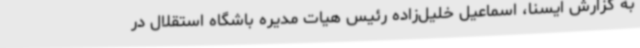
به گزارش ایسنا، اسماعیل خلیل‌زاده رئیس هیات مدیره باشگاه استقلال در